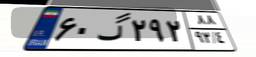
۷۱گ۷۷۳۱۵